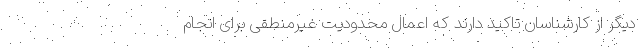
دیگر از کارشناسان تاکید دارند که اعمال محدودیت غیرمنطقی برای انجام